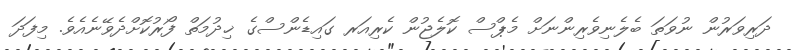
ދަރިވަރުން ނުވަތަ ބެލެނިވެރިންނަށް މެޕްސް ކޮލެޖުން ކެރިއަރ ގައިޑެންސްގެ ޚިދުމަތް ފޯރުކޮށްދެވޭނެއެވެ. މިފަދަ